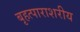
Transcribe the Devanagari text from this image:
बृहत्पाराशरीय